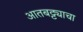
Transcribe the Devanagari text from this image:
आतबट्ट्याचा